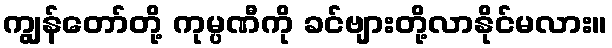
ကျွန်တော်တို့ ကုမ္ပဏီကို ခင်ဗျားတို့လာနိုင်မလား။